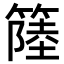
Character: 𥲎